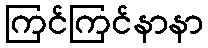
ကြင်ကြင်နာနာ